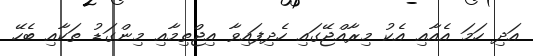
އަދި ހަމަ އެއާއި އެކު މިރާއްޖޭގައި ހެދިފައިވާ އިޖްތިމާއި މިންގަޑު ތަކާއި ބެހޭ